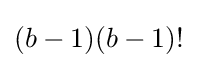
(b-1)(b-1)!